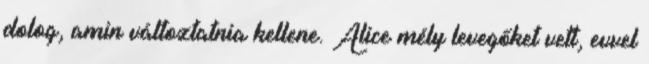
dolog, amin változtatnia kellene. Alice mély levegőket vett, evvel